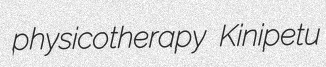
physicotherapy Kinipetu